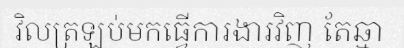
វិលត្រឡប់មកធ្វើការងារវិញ តែឆ្មា